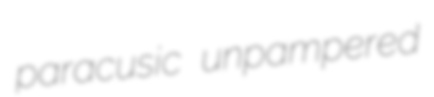
paracusic unpampered